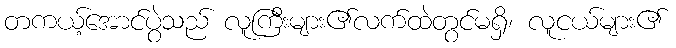
တကယ့်အောင်ပွဲသည် လူကြီးများ၏လက်ထဲတွင်မရှိ၊ လူငယ်များ၏